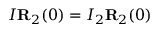
I { \bf R } _ { 2 } ( 0 ) = I _ { 2 } { \bf R } _ { 2 } ( 0 )